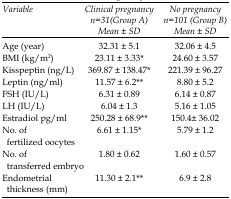
<table><thead><tr><td><b>Variable</b></td><td><b>Clinical pregnancy n=31 (Group A) Mean ± SD</b></td><td><b>No pregnancy n=101 (Group B) Mean ± SD</b></td></tr></thead><tbody><tr><td>Age (year)</td><td>32.31 ± 5.1</td><td>32.06 ± 4.5</td></tr><tr><td>BMI (kg/m<sup>2</sup>)</td><td>23.11 ± 3.33*</td><td>24.60 ± 3.57</td></tr><tr><td>Kisspeptin (ng/L)</td><td>369.87 ± 138.47*</td><td>221.39 ± 96.27</td></tr><tr><td>Leptin (ng/ml)</td><td>11.57 ± 6.2**</td><td>8.80 ± 5.2</td></tr><tr><td>FSH (IU/L)</td><td>6.31 ± 0.89</td><td>6.14 ± 0.87</td></tr><tr><td>LH (IU/L)</td><td>6.04 ± 1.3</td><td>5.16 ± 1.05</td></tr><tr><td>Estradiol pg/ml</td><td>250.28 ± 68.9**</td><td>150.4± 36.02</td></tr><tr><td>No. of fertilized oocytes</td><td>6.61 ± 1.15*</td><td>5.79 ± 1.2</td></tr><tr><td>No. of transferred embryo</td><td>1.80 ± 0.62</td><td>1.60 ± 0.57</td></tr><tr><td>Endometrial thickness (mm)</td><td>11.30 ± 2.1**</td><td>6.9 ± 2.8</td></tr></tbody></table>